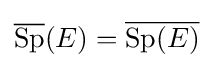
{\overline {\operatorname {Sp} }}(E)={\overline {\operatorname {Sp} (E)}}